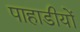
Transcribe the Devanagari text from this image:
पाहाडीयों